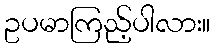
ဥပမာကြည့်ပါလား။